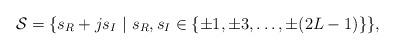
LaTeX: \begin{align*} \mathcal{S}=\{ s_{R}+j s_{I}~|~s_{R},s_{I}\in \{ \pm 1,\pm 3,\ldots, \pm (2L-1) \}\},\end{align*}